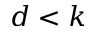
d < k